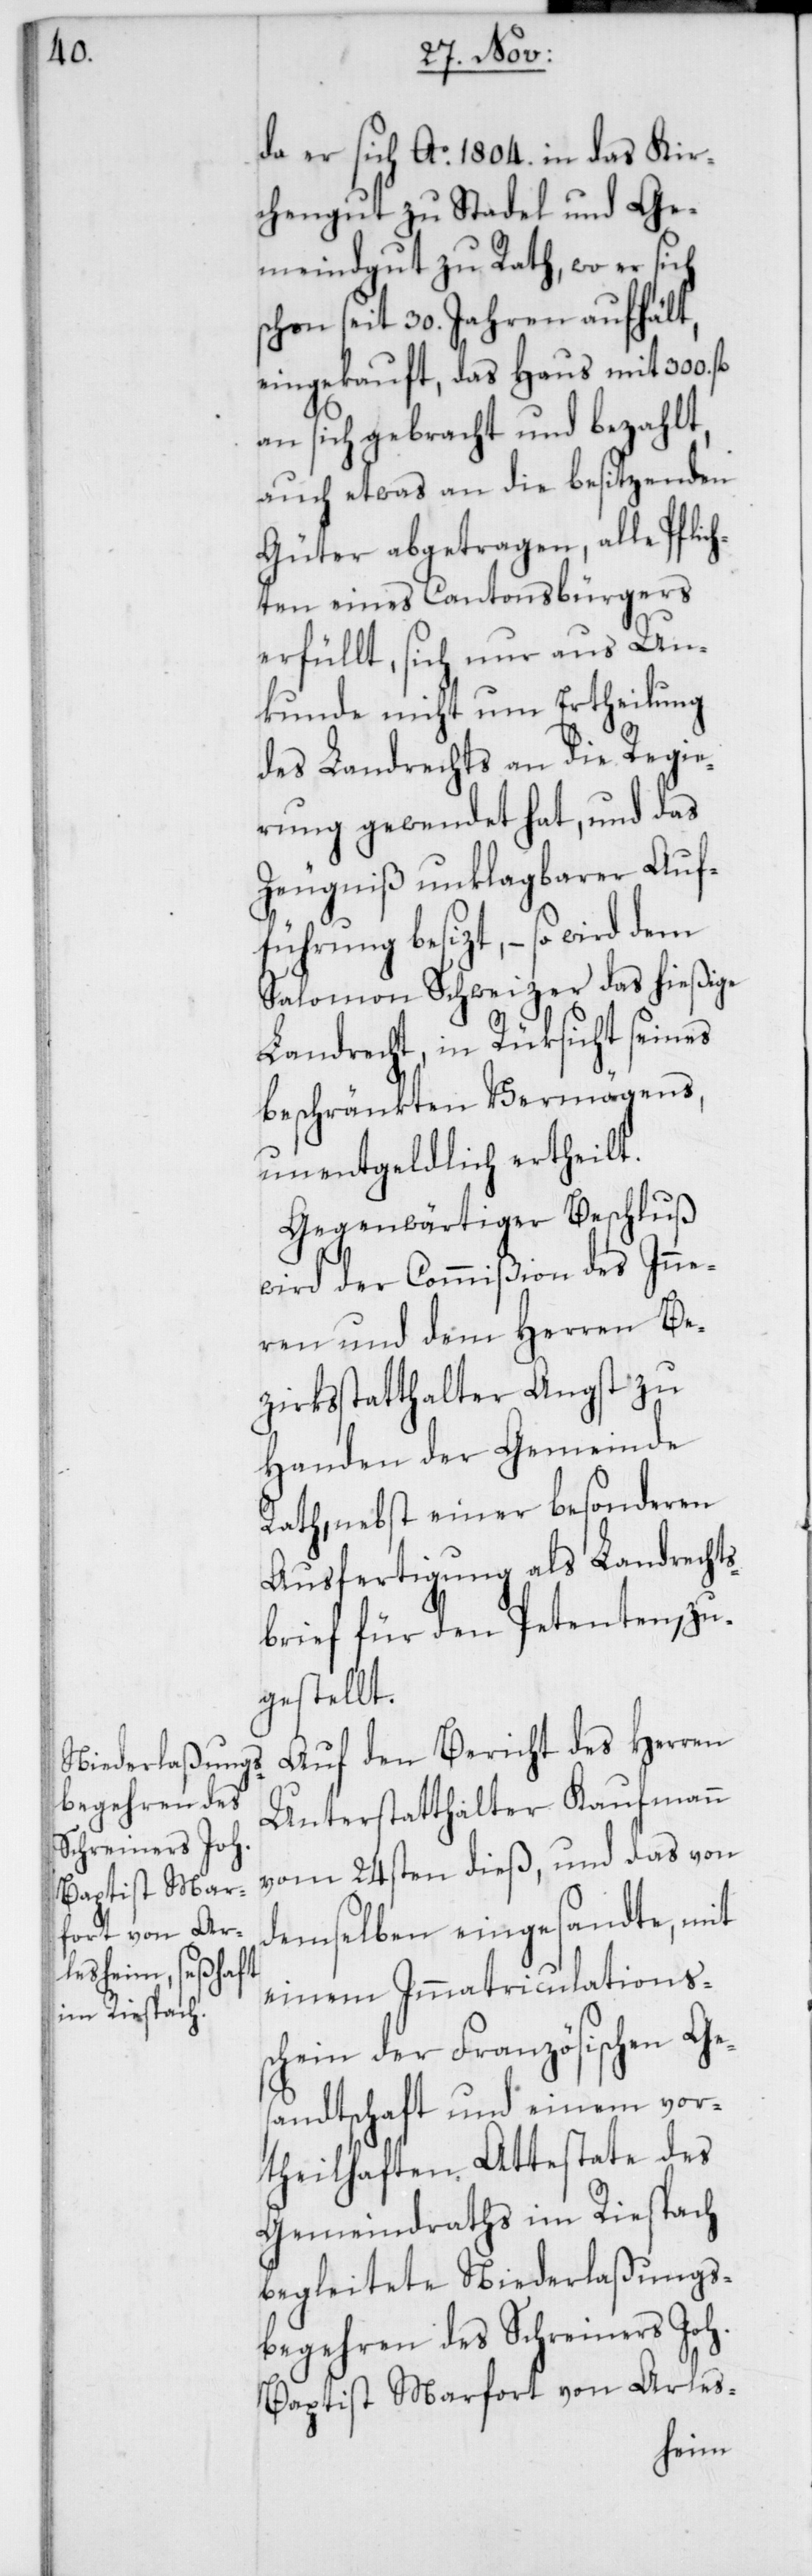
da er sich Ao. 1804. in das Kir¬
chengut zu Stadel und Ge¬
meindgut zu Rath, wo er sich
schon seit 30. Jahren aufhält,
eingekauft, das Haus mit 300.
an sich gebracht und bezahlt,
auch etwas an die besitzenden
Güter abgetragen, alle Pflic¬
hten eines Cantonsbürgers
erfüllt, sich nur aus Un¬
kunde nicht um Ertheilung
des Landrechts an die Regie¬
rung gewendet hat, und das
Zeugniß unklagbarer Auf¬
führung besizt, – so wird dem
Salomon Schweizer das hießige
Landrecht, in Rücksicht seines
beschränkten Vermögens,
unentgeldlich ertheilt.
Gegenwärtiger Beschluß
wird der Commißion des Inne¬
ren und dem Herren Be¬
zirksstatthalter Angst zu
Handen der Gemeinde
Rath, nebst einer besonderen
Ausfertigung als Landrechts¬
brief für den Petenten, zu¬
gestellt.
Auf den Bericht des Herren
Unterstatthalter Kaufmann
vom 24sten dieß, und das von
demselben eingesandte, mit
einem Immatriculationss¬
chein der Französischen Ges¬
andtschaft und einem vor¬
theilhaften Attestate des
Gemeindraths im Riesbach
begleitete Niederlaßungs¬
begehren des Schreiners Joh.
Baptist Marfort von Arles-